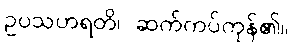
ဥပသဟရတိ၊ ဆက်ကပ်ကုန်၏။